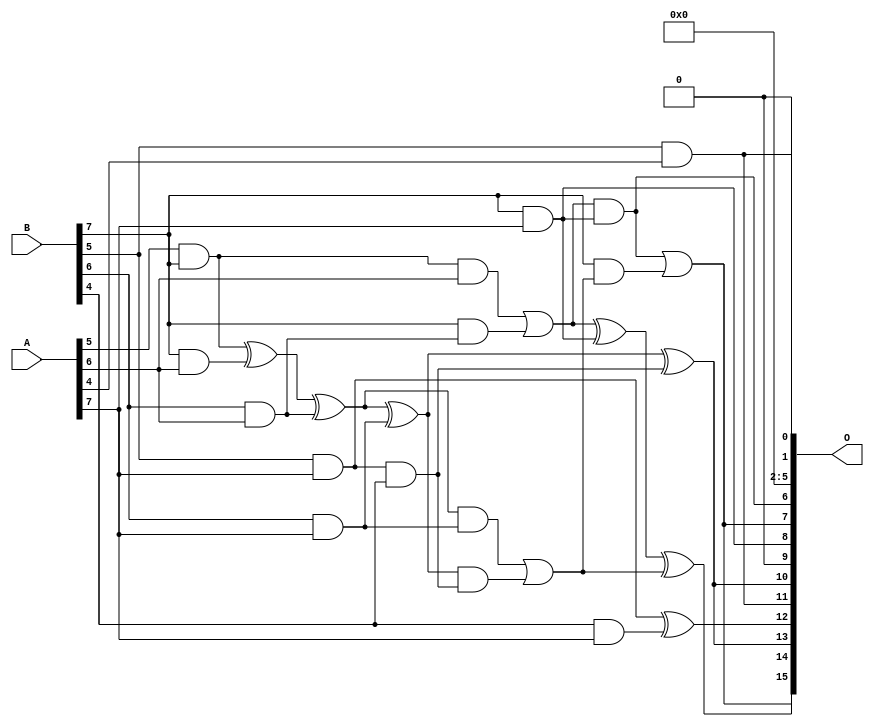
/***
* This code is a part of EvoApproxLib library (ehw.fit.vutbr.cz/approxlib) distributed under The MIT License.
* When used, please cite the following article(s): V. Mrazek, Z. Vasicek, L. Sekanina, H. Jiang and J. Han, "Scalable Construction of Approximate Multipliers With Formally Guaranteed Worst Case Error" in IEEE Transactions on Very Large Scale Integration (VLSI) Systems, vol. 26, no. 11, pp. 2572-2576, Nov. 2018. doi: 10.1109/TVLSI.2018.2856362 
* This file contains a circuit from a sub-set of pareto optimal circuits with respect to the pwr and mae parameters
***/
// MAE% = 0.000075 %
// MAE = 3230 
// WCE% = 0.00042 %
// WCE = 18075 
// WCRE% = 300.39 %
// EP% = 99.84 %
// MRE% = 0.0067 %
// MSE = 16238.254e3 
// PDK45_PWR = 1.648 mW
// PDK45_AREA = 2404.2 um2
// PDK45_DELAY = 2.44 ns

module mult8_cgp14zr_wc7391_rcam (
    A,
    B,
    O
);

input [7:0] A;
input [7:0] B;
output [15:0] O;

wire sig_242,sig_246,sig_251,sig_252,sig_253,sig_286,sig_288,sig_289,sig_290,sig_295,sig_296,sig_297,sig_298,sig_323,sig_324,sig_326,sig_327,sig_328,sig_329,sig_330;
wire sig_331,sig_332,sig_333,sig_334,sig_335;

assign sig_242 = A[5] & B[7];
assign sig_246 = sig_242 & A[6];
assign sig_251 = B[5] & A[4];
assign sig_252 = B[6] & A[6];
assign sig_253 = B[7] & A[6];
assign sig_286 = sig_242 ^ sig_253;
assign sig_288 = B[7] & sig_252;
assign sig_289 = sig_286 ^ sig_252;
assign sig_290 = sig_246 | sig_288;
assign sig_295 = B[4] & A[7];
assign sig_296 = B[5] & A[7];
assign sig_297 = B[6] & A[7];
assign sig_298 = B[7] & A[7];
assign sig_323 = sig_296 & B[4];
assign sig_324 = sig_296 ^ sig_295;
assign sig_326 = sig_289 ^ sig_297;
assign sig_327 = sig_289 & sig_297;
assign sig_328 = sig_326 & sig_323;
assign sig_329 = sig_326 ^ sig_323;
assign sig_330 = sig_327 | sig_328;
assign sig_331 = sig_290 ^ sig_298;
assign sig_332 = sig_290 & sig_298;
assign sig_333 = B[7] & sig_330;
assign sig_334 = sig_331 ^ sig_330;
assign sig_335 = sig_332 | sig_333;

assign O[15] = sig_335;
assign O[14] = sig_334;
assign O[13] = sig_329;
assign O[12] = sig_324;
assign O[11] = sig_251;
assign O[10] = sig_329;
assign O[9] = 1'b0;
assign O[8] = sig_298;
assign O[7] = sig_335;
assign O[6] = sig_332;
assign O[5] = 1'b0;
assign O[4] = 1'b0;
assign O[3] = 1'b0;
assign O[2] = 1'b0;
assign O[1] = sig_251;
assign O[0] = 1'b0;

endmodule

module mult8_cgp14ep_ep64716_wc26_csamrca (
    A,
    B,
    O
);

input [7:0] A;
input [7:0] B;
output [15:0] O;

wire sig_20,sig_21,sig_22,sig_23,sig_27,sig_28,sig_29,sig_30,sig_31,sig_38,sig_39,sig_40,sig_41,sig_42,sig_43,sig_44,sig_45,sig_48,sig_49,sig_50;
wire sig_51,sig_52,sig_53,sig_63,sig_64,sig_65,sig_69,sig_70,sig_71,sig_72,sig_73,sig_74,sig_75,sig_76,sig_77,sig_78,sig_79,sig_80,sig_81,sig_82;
wire sig_83,sig_84,sig_85,sig_87,sig_88,sig_91,sig_92,sig_93,sig_94,sig_95,sig_96,sig_103,sig_105,sig_107,sig_108,sig_109,sig_110,sig_111,sig_112,sig_113;
wire sig_114,sig_115,sig_116,sig_117,sig_118,sig_119,sig_120,sig_121,sig_122,sig_123,sig_124,sig_125,sig_126,sig_127,sig_128,sig_129,sig_130,sig_131,sig_132,sig_133;
wire sig_134,sig_135,sig_136,sig_137,sig_138,sig_139,sig_140,sig_141,sig_145,sig_146,sig_147,sig_148,sig_149,sig_150,sig_151,sig_152,sig_153,sig_154,sig_155,sig_156;
wire sig_157,sig_158,sig_159,sig_160,sig_161,sig_162,sig_163,sig_164,sig_165,sig_166,sig_167,sig_168,sig_169,sig_170,sig_171,sig_172,sig_173,sig_174,sig_175,sig_176;
wire sig_177,sig_178,sig_179,sig_180,sig_181,sig_182,sig_183,sig_184,sig_185,sig_186,sig_187,sig_188,sig_189,sig_190,sig_191,sig_192,sig_193,sig_194,sig_195,sig_196;
wire sig_197,sig_198,sig_199,sig_200,sig_201,sig_202,sig_203,sig_204,sig_205,sig_206,sig_207,sig_208,sig_209,sig_210,sig_211,sig_212,sig_213,sig_214,sig_215,sig_216;
wire sig_217,sig_218,sig_219,sig_220,sig_221,sig_222,sig_223,sig_224,sig_225,sig_226,sig_227,sig_228,sig_229,sig_230,sig_231,sig_232,sig_233,sig_234,sig_235,sig_236;
wire sig_237,sig_238,sig_239,sig_240,sig_241,sig_242,sig_243,sig_244,sig_245,sig_246,sig_247,sig_248,sig_249,sig_250,sig_251,sig_252,sig_253,sig_254,sig_255,sig_256;
wire sig_257,sig_258,sig_259,sig_260,sig_261,sig_262,sig_263,sig_264,sig_265,sig_266,sig_267,sig_268,sig_269,sig_270,sig_271,sig_272,sig_273,sig_274,sig_275,sig_276;
wire sig_277,sig_278,sig_279,sig_280,sig_281,sig_282,sig_283,sig_284,sig_285,sig_286,sig_287,sig_288,sig_289,sig_290,sig_291,sig_292,sig_293,sig_294,sig_295,sig_296;
wire sig_297,sig_298,sig_299,sig_300,sig_301,sig_302,sig_303,sig_304,sig_305,sig_306,sig_307,sig_308,sig_309,sig_310,sig_311,sig_312,sig_313,sig_314,sig_315,sig_316;
wire sig_317,sig_318,sig_319,sig_320,sig_321,sig_322,sig_323,sig_324,sig_325,sig_326,sig_327,sig_328,sig_329,sig_330,sig_331,sig_332,sig_333,sig_334,sig_335;

assign sig_20 = B[4] & A[0];
assign sig_21 = B[5] & A[0];
assign sig_22 = B[6] & A[0];
assign sig_23 = B[7] & A[0];
assign sig_27 = B[3] & A[1];
assign sig_28 = B[4] & A[1];
assign sig_29 = B[5] & A[1];
assign sig_30 = B[6] & A[1];
assign sig_31 = B[7] & A[1];
assign sig_38 = sig_20 | sig_27;
assign sig_39 = sig_20 & sig_27;
assign sig_40 = sig_21 ^ sig_28;
assign sig_41 = sig_21 & sig_28;
assign sig_42 = sig_22 ^ sig_29;
assign sig_43 = sig_22 & sig_29;
assign sig_44 = sig_23 ^ sig_30;
assign sig_45 = sig_23 & sig_30;
assign sig_48 = B[2] & A[2];
assign sig_49 = B[3] & A[2];
assign sig_50 = B[4] & A[2];
assign sig_51 = B[5] & A[2];
assign sig_52 = B[6] & A[2];
assign sig_53 = B[7] & A[2];
assign sig_63 = A[3] & B[1];
assign sig_64 = sig_38 | sig_48;
assign sig_65 = sig_38 & sig_48;
assign sig_69 = sig_40 ^ sig_49;
assign sig_70 = sig_40 & sig_49;
assign sig_71 = sig_69 & sig_39;
assign sig_72 = sig_69 ^ sig_39;
assign sig_73 = sig_70 | sig_71;
assign sig_74 = sig_42 ^ sig_50;
assign sig_75 = sig_42 & sig_50;
assign sig_76 = sig_74 & sig_41;
assign sig_77 = sig_74 ^ sig_41;
assign sig_78 = sig_75 | sig_76;
assign sig_79 = sig_44 ^ sig_51;
assign sig_80 = sig_44 & sig_51;
assign sig_81 = sig_79 & sig_43;
assign sig_82 = sig_79 ^ sig_43;
assign sig_83 = sig_80 | sig_81;
assign sig_84 = sig_31 ^ sig_52;
assign sig_85 = sig_31 & sig_52;
assign sig_87 = sig_84 ^ sig_45;
assign sig_88 = sig_85 | sig_45;
assign sig_91 = B[2] & A[3];
assign sig_92 = B[3] & A[3];
assign sig_93 = B[4] & A[3];
assign sig_94 = B[5] & A[3];
assign sig_95 = B[6] & A[3];
assign sig_96 = B[7] & A[3];
assign sig_103 = sig_64 & sig_63;
assign sig_105 = sig_64 | sig_63;
assign sig_107 = sig_72 ^ sig_91;
assign sig_108 = sig_72 & sig_91;
assign sig_109 = sig_107 & sig_65;
assign sig_110 = sig_107 ^ sig_65;
assign sig_111 = sig_108 | sig_109;
assign sig_112 = sig_77 ^ sig_92;
assign sig_113 = sig_77 & sig_92;
assign sig_114 = sig_112 & sig_73;
assign sig_115 = sig_112 ^ sig_73;
assign sig_116 = sig_113 | sig_114;
assign sig_117 = sig_82 ^ sig_93;
assign sig_118 = sig_82 & sig_93;
assign sig_119 = sig_117 & sig_78;
assign sig_120 = sig_117 ^ sig_78;
assign sig_121 = sig_118 | sig_119;
assign sig_122 = sig_87 ^ sig_94;
assign sig_123 = sig_87 & sig_94;
assign sig_124 = sig_122 & sig_83;
assign sig_125 = sig_122 ^ sig_83;
assign sig_126 = sig_123 | sig_124;
assign sig_127 = sig_53 ^ sig_95;
assign sig_128 = sig_53 & sig_95;
assign sig_129 = sig_127 & sig_88;
assign sig_130 = sig_127 ^ sig_88;
assign sig_131 = sig_128 | sig_129;
assign sig_132 = B[0] & A[4];
assign sig_133 = B[1] & A[4];
assign sig_134 = B[2] & A[4];
assign sig_135 = B[3] & A[4];
assign sig_136 = B[4] & A[4];
assign sig_137 = B[5] & A[4];
assign sig_138 = B[6] & A[4];
assign sig_139 = B[7] & A[4];
assign sig_140 = sig_105 ^ sig_132;
assign sig_141 = sig_105 & sig_132;
assign sig_145 = sig_110 ^ sig_133;
assign sig_146 = sig_110 & sig_133;
assign sig_147 = sig_145 & sig_103;
assign sig_148 = sig_145 ^ sig_103;
assign sig_149 = sig_146 | sig_147;
assign sig_150 = sig_115 ^ sig_134;
assign sig_151 = sig_115 & sig_134;
assign sig_152 = sig_150 & sig_111;
assign sig_153 = sig_150 ^ sig_111;
assign sig_154 = sig_151 | sig_152;
assign sig_155 = sig_120 ^ sig_135;
assign sig_156 = sig_120 & sig_135;
assign sig_157 = sig_155 & sig_116;
assign sig_158 = sig_155 ^ sig_116;
assign sig_159 = sig_156 | sig_157;
assign sig_160 = sig_125 ^ sig_136;
assign sig_161 = sig_125 & sig_136;
assign sig_162 = sig_160 & sig_121;
assign sig_163 = sig_160 ^ sig_121;
assign sig_164 = sig_161 | sig_162;
assign sig_165 = sig_130 ^ sig_137;
assign sig_166 = sig_130 & sig_137;
assign sig_167 = sig_165 & sig_126;
assign sig_168 = sig_165 ^ sig_126;
assign sig_169 = sig_166 | sig_167;
assign sig_170 = sig_96 ^ sig_138;
assign sig_171 = sig_96 & sig_138;
assign sig_172 = sig_170 & sig_131;
assign sig_173 = sig_170 ^ sig_131;
assign sig_174 = sig_171 | sig_172;
assign sig_175 = B[0] & A[5];
assign sig_176 = B[1] & A[5];
assign sig_177 = B[2] & A[5];
assign sig_178 = B[3] & A[5];
assign sig_179 = B[4] & A[5];
assign sig_180 = B[5] & A[5];
assign sig_181 = B[6] & A[5];
assign sig_182 = B[7] & A[5];
assign sig_183 = sig_148 ^ sig_175;
assign sig_184 = sig_148 & sig_175;
assign sig_185 = sig_183 & sig_141;
assign sig_186 = sig_183 ^ sig_141;
assign sig_187 = sig_184 | sig_185;
assign sig_188 = sig_153 ^ sig_176;
assign sig_189 = sig_153 & sig_176;
assign sig_190 = sig_188 & sig_149;
assign sig_191 = sig_188 ^ sig_149;
assign sig_192 = sig_189 | sig_190;
assign sig_193 = sig_158 ^ sig_177;
assign sig_194 = sig_158 & sig_177;
assign sig_195 = sig_193 & sig_154;
assign sig_196 = sig_193 ^ sig_154;
assign sig_197 = sig_194 | sig_195;
assign sig_198 = sig_163 ^ sig_178;
assign sig_199 = sig_163 & sig_178;
assign sig_200 = sig_198 & sig_159;
assign sig_201 = sig_198 ^ sig_159;
assign sig_202 = sig_199 | sig_200;
assign sig_203 = sig_168 ^ sig_179;
assign sig_204 = sig_168 & sig_179;
assign sig_205 = sig_203 & sig_164;
assign sig_206 = sig_203 ^ sig_164;
assign sig_207 = sig_204 | sig_205;
assign sig_208 = sig_173 ^ sig_180;
assign sig_209 = sig_173 & sig_180;
assign sig_210 = sig_208 & sig_169;
assign sig_211 = sig_208 ^ sig_169;
assign sig_212 = sig_209 | sig_210;
assign sig_213 = sig_139 ^ sig_181;
assign sig_214 = sig_139 & sig_181;
assign sig_215 = sig_213 & sig_174;
assign sig_216 = sig_213 ^ sig_174;
assign sig_217 = sig_214 | sig_215;
assign sig_218 = B[0] & A[6];
assign sig_219 = B[1] & A[6];
assign sig_220 = B[2] & A[6];
assign sig_221 = B[3] & A[6];
assign sig_222 = B[4] & A[6];
assign sig_223 = B[5] & A[6];
assign sig_224 = B[6] & A[6];
assign sig_225 = B[7] & A[6];
assign sig_226 = sig_191 ^ sig_218;
assign sig_227 = sig_191 & sig_218;
assign sig_228 = sig_226 & sig_187;
assign sig_229 = sig_226 ^ sig_187;
assign sig_230 = sig_227 | sig_228;
assign sig_231 = sig_196 ^ sig_219;
assign sig_232 = sig_196 & sig_219;
assign sig_233 = sig_231 & sig_192;
assign sig_234 = sig_231 ^ sig_192;
assign sig_235 = sig_232 | sig_233;
assign sig_236 = sig_201 ^ sig_220;
assign sig_237 = sig_201 & sig_220;
assign sig_238 = sig_236 & sig_197;
assign sig_239 = sig_236 ^ sig_197;
assign sig_240 = sig_237 | sig_238;
assign sig_241 = sig_206 ^ sig_221;
assign sig_242 = sig_206 & sig_221;
assign sig_243 = sig_241 & sig_202;
assign sig_244 = sig_241 ^ sig_202;
assign sig_245 = sig_242 | sig_243;
assign sig_246 = sig_211 ^ sig_222;
assign sig_247 = sig_211 & sig_222;
assign sig_248 = sig_246 & sig_207;
assign sig_249 = sig_246 ^ sig_207;
assign sig_250 = sig_247 | sig_248;
assign sig_251 = sig_216 ^ sig_223;
assign sig_252 = sig_216 & sig_223;
assign sig_253 = sig_251 & sig_212;
assign sig_254 = sig_251 ^ sig_212;
assign sig_255 = sig_252 | sig_253;
assign sig_256 = sig_182 ^ sig_224;
assign sig_257 = sig_182 & sig_224;
assign sig_258 = sig_256 & sig_217;
assign sig_259 = sig_256 ^ sig_217;
assign sig_260 = sig_257 | sig_258;
assign sig_261 = B[0] & A[7];
assign sig_262 = B[1] & A[7];
assign sig_263 = B[2] & A[7];
assign sig_264 = B[3] & A[7];
assign sig_265 = B[4] & A[7];
assign sig_266 = B[5] & A[7];
assign sig_267 = B[6] & A[7];
assign sig_268 = B[7] & A[7];
assign sig_269 = sig_234 ^ sig_261;
assign sig_270 = sig_234 & sig_261;
assign sig_271 = sig_269 & sig_230;
assign sig_272 = sig_269 ^ sig_230;
assign sig_273 = sig_270 | sig_271;
assign sig_274 = sig_239 ^ sig_262;
assign sig_275 = sig_239 & sig_262;
assign sig_276 = sig_274 & sig_235;
assign sig_277 = sig_274 ^ sig_235;
assign sig_278 = sig_275 | sig_276;
assign sig_279 = sig_244 ^ sig_263;
assign sig_280 = sig_244 & sig_263;
assign sig_281 = sig_279 & sig_240;
assign sig_282 = sig_279 ^ sig_240;
assign sig_283 = sig_280 | sig_281;
assign sig_284 = sig_249 ^ sig_264;
assign sig_285 = sig_249 & sig_264;
assign sig_286 = sig_284 & sig_245;
assign sig_287 = sig_284 ^ sig_245;
assign sig_288 = sig_285 | sig_286;
assign sig_289 = sig_254 ^ sig_265;
assign sig_290 = sig_254 & sig_265;
assign sig_291 = sig_289 & sig_250;
assign sig_292 = sig_289 ^ sig_250;
assign sig_293 = sig_290 | sig_291;
assign sig_294 = sig_259 ^ sig_266;
assign sig_295 = sig_259 & sig_266;
assign sig_296 = sig_294 & sig_255;
assign sig_297 = sig_294 ^ sig_255;
assign sig_298 = sig_295 | sig_296;
assign sig_299 = sig_225 ^ sig_267;
assign sig_300 = sig_225 & sig_267;
assign sig_301 = sig_299 & sig_260;
assign sig_302 = sig_299 ^ sig_260;
assign sig_303 = sig_300 | sig_301;
assign sig_304 = sig_277 ^ sig_273;
assign sig_305 = sig_277 & sig_273;
assign sig_306 = sig_282 ^ sig_278;
assign sig_307 = sig_282 & sig_278;
assign sig_308 = sig_306 & sig_305;
assign sig_309 = sig_306 ^ sig_305;
assign sig_310 = sig_307 | sig_308;
assign sig_311 = sig_287 ^ sig_283;
assign sig_312 = sig_287 & sig_283;
assign sig_313 = sig_311 & sig_310;
assign sig_314 = sig_311 ^ sig_310;
assign sig_315 = sig_312 | sig_313;
assign sig_316 = sig_292 ^ sig_288;
assign sig_317 = sig_292 & sig_288;
assign sig_318 = sig_316 & sig_315;
assign sig_319 = sig_316 ^ sig_315;
assign sig_320 = sig_317 | sig_318;
assign sig_321 = sig_297 ^ sig_293;
assign sig_322 = sig_297 & sig_293;
assign sig_323 = sig_321 & sig_320;
assign sig_324 = sig_321 ^ sig_320;
assign sig_325 = sig_322 | sig_323;
assign sig_326 = sig_302 ^ sig_298;
assign sig_327 = sig_302 & sig_298;
assign sig_328 = sig_326 & sig_325;
assign sig_329 = sig_326 ^ sig_325;
assign sig_330 = sig_327 | sig_328;
assign sig_331 = sig_268 ^ sig_303;
assign sig_332 = A[7] & sig_303;
assign sig_333 = sig_331 & sig_330;
assign sig_334 = sig_331 ^ sig_330;
assign sig_335 = sig_332 | sig_333;

assign O[15] = sig_335;
assign O[14] = sig_334;
assign O[13] = sig_329;
assign O[12] = sig_324;
assign O[11] = sig_319;
assign O[10] = sig_314;
assign O[9] = sig_309;
assign O[8] = sig_304;
assign O[7] = sig_272;
assign O[6] = sig_229;
assign O[5] = sig_186;
assign O[4] = sig_140;
assign O[3] = sig_105;
assign O[2] = sig_132;
assign O[1] = sig_218;
assign O[0] = 1'b0;

endmodule



module mul8_364(A, B, O);
  input [7:0] A;
  input [7:0] B;
  output [15:0] O;
  wire [2031:0] N;

  assign N[0] = A[0];
  assign N[1] = A[0];
  assign N[2] = A[1];
  assign N[3] = A[1];
  assign N[4] = A[2];
  assign N[5] = A[2];
  assign N[6] = A[3];
  assign N[7] = A[3];
  assign N[8] = A[4];
  assign N[9] = A[4];
  assign N[10] = A[5];
  assign N[11] = A[5];
  assign N[12] = A[6];
  assign N[13] = A[6];
  assign N[14] = A[7];
  assign N[15] = A[7];
  assign N[16] = B[0];
  assign N[17] = B[0];
  assign N[18] = B[1];
  assign N[19] = B[1];
  assign N[20] = B[2];
  assign N[21] = B[2];
  assign N[22] = B[3];
  assign N[23] = B[3];
  assign N[24] = B[4];
  assign N[25] = B[4];
  assign N[26] = B[5];
  assign N[27] = B[5];
  assign N[28] = B[6];
  assign N[29] = B[6];
  assign N[30] = B[7];
  assign N[31] = B[7];

  PDKGENAND2X1 n32(.A(N[0]), .B(N[16]), .Y(N[32]));
  PDKGENAND2X1 n48(.A(N[2]), .B(N[16]), .Y(N[48]));
  PDKGENAND2X1 n64(.A(N[4]), .B(N[16]), .Y(N[64]));
  PDKGENAND2X1 n82(.A(N[6]), .B(N[16]), .Y(N[82]));
  PDKGENAND2X1 n98(.A(N[8]), .B(N[16]), .Y(N[98]));
  PDKGENAND2X1 n114(.A(N[10]), .B(N[16]), .Y(N[114]));
  PDKGENAND2X1 n132(.A(N[12]), .B(N[16]), .Y(N[132]));
  PDKGENAND2X1 n148(.A(N[14]), .B(N[16]), .Y(N[148]));
  assign N[149] = N[148];
  PDKGENAND2X1 n164(.A(N[0]), .B(N[18]), .Y(N[164]));
  PDKGENBUFX2 n166(.A(N[149]), .Y(N[166]));
  assign N[167] = N[166];
  PDKGENAND2X1 n182(.A(N[2]), .B(N[18]), .Y(N[182]));
  PDKGENAND2X1 n198(.A(N[4]), .B(N[18]), .Y(N[198]));
  PDKGENAND2X1 n214(.A(N[6]), .B(N[18]), .Y(N[214]));
  PDKGENAND2X1 n232(.A(N[8]), .B(N[18]), .Y(N[232]));
  PDKGENAND2X1 n248(.A(N[10]), .B(N[18]), .Y(N[248]));
  PDKGENAND2X1 n264(.A(N[12]), .B(N[18]), .Y(N[264]));
  PDKGENAND2X1 n282(.A(N[14]), .B(N[18]), .Y(N[282]));
  PDKGENHAX1 n298(.A(N[48]), .B(N[164]), .YS(N[298]), .YC(N[299]));
  PDKGENHAX1 n314(.A(N[64]), .B(N[182]), .YS(N[314]), .YC(N[315]));
  PDKGENHAX1 n332(.A(N[82]), .B(N[198]), .YS(N[332]), .YC(N[333]));
  PDKGENHAX1 n348(.A(N[98]), .B(N[214]), .YS(N[348]), .YC(N[349]));
  PDKGENHAX1 n364(.A(N[114]), .B(N[232]), .YS(N[364]), .YC(N[365]));
  PDKGENHAX1 n382(.A(N[132]), .B(N[248]), .YS(N[382]), .YC(N[383]));
  PDKGENHAX1 n398(.A(N[167]), .B(N[264]), .YS(N[398]), .YC(N[399]));
  PDKGENAND2X1 n414(.A(N[0]), .B(N[20]), .Y(N[414]));
  PDKGENAND2X1 n432(.A(N[2]), .B(N[20]), .Y(N[432]));
  PDKGENAND2X1 n448(.A(N[4]), .B(N[20]), .Y(N[448]));
  PDKGENAND2X1 n464(.A(N[6]), .B(N[20]), .Y(N[464]));
  PDKGENAND2X1 n482(.A(N[8]), .B(N[20]), .Y(N[482]));
  PDKGENAND2X1 n498(.A(N[10]), .B(N[20]), .Y(N[498]));
  PDKGENAND2X1 n514(.A(N[12]), .B(N[20]), .Y(N[514]));
  PDKGENAND2X1 n532(.A(N[14]), .B(N[20]), .Y(N[532]));
  PDKGENFAX1 n548(.A(N[314]), .B(N[414]), .C(N[299]), .YS(N[548]), .YC(N[549]));
  PDKGENFAX1 n564(.A(N[332]), .B(N[432]), .C(N[315]), .YS(N[564]), .YC(N[565]));
  PDKGENFAX1 n582(.A(N[348]), .B(N[448]), .C(N[333]), .YS(N[582]), .YC(N[583]));
  PDKGENFAX1 n598(.A(N[364]), .B(N[464]), .C(N[349]), .YS(N[598]), .YC(N[599]));
  PDKGENFAX1 n614(.A(N[382]), .B(N[482]), .C(N[365]), .YS(N[614]), .YC(N[615]));
  PDKGENFAX1 n632(.A(N[398]), .B(N[498]), .C(N[383]), .YS(N[632]), .YC(N[633]));
  PDKGENFAX1 n648(.A(N[282]), .B(N[514]), .C(N[399]), .YS(N[648]), .YC(N[649]));
  PDKGENAND2X1 n664(.A(N[0]), .B(N[22]), .Y(N[664]));
  PDKGENAND2X1 n682(.A(N[2]), .B(N[22]), .Y(N[682]));
  PDKGENAND2X1 n698(.A(N[4]), .B(N[22]), .Y(N[698]));
  PDKGENAND2X1 n714(.A(N[6]), .B(N[22]), .Y(N[714]));
  PDKGENAND2X1 n732(.A(N[8]), .B(N[22]), .Y(N[732]));
  PDKGENAND2X1 n748(.A(N[10]), .B(N[22]), .Y(N[748]));
  PDKGENAND2X1 n764(.A(N[12]), .B(N[22]), .Y(N[764]));
  PDKGENAND2X1 n782(.A(N[14]), .B(N[22]), .Y(N[782]));
  PDKGENFAX1 n798(.A(N[564]), .B(N[664]), .C(N[549]), .YS(N[798]), .YC(N[799]));
  PDKGENFAX1 n814(.A(N[582]), .B(N[682]), .C(N[565]), .YS(N[814]), .YC(N[815]));
  PDKGENFAX1 n832(.A(N[598]), .B(N[698]), .C(N[583]), .YS(N[832]), .YC(N[833]));
  PDKGENFAX1 n848(.A(N[614]), .B(N[714]), .C(N[599]), .YS(N[848]), .YC(N[849]));
  PDKGENFAX1 n864(.A(N[632]), .B(N[732]), .C(N[615]), .YS(N[864]), .YC(N[865]));
  PDKGENFAX1 n882(.A(N[648]), .B(N[748]), .C(N[633]), .YS(N[882]), .YC(N[883]));
  PDKGENFAX1 n898(.A(N[532]), .B(N[764]), .C(N[649]), .YS(N[898]), .YC(N[899]));
  PDKGENAND2X1 n914(.A(N[0]), .B(N[24]), .Y(N[914]));
  PDKGENAND2X1 n932(.A(N[2]), .B(N[24]), .Y(N[932]));
  PDKGENAND2X1 n948(.A(N[4]), .B(N[24]), .Y(N[948]));
  PDKGENAND2X1 n964(.A(N[6]), .B(N[24]), .Y(N[964]));
  PDKGENAND2X1 n982(.A(N[8]), .B(N[24]), .Y(N[982]));
  PDKGENAND2X1 n998(.A(N[10]), .B(N[24]), .Y(N[998]));
  PDKGENAND2X1 n1014(.A(N[12]), .B(N[24]), .Y(N[1014]));
  PDKGENAND2X1 n1032(.A(N[14]), .B(N[24]), .Y(N[1032]));
  PDKGENFAX1 n1048(.A(N[814]), .B(N[914]), .C(N[799]), .YS(N[1048]), .YC(N[1049]));
  PDKGENFAX1 n1064(.A(N[832]), .B(N[932]), .C(N[815]), .YS(N[1064]), .YC(N[1065]));
  PDKGENFAX1 n1082(.A(N[848]), .B(N[948]), .C(N[833]), .YS(N[1082]), .YC(N[1083]));
  PDKGENFAX1 n1098(.A(N[864]), .B(N[964]), .C(N[849]), .YS(N[1098]), .YC(N[1099]));
  PDKGENFAX1 n1114(.A(N[882]), .B(N[982]), .C(N[865]), .YS(N[1114]), .YC(N[1115]));
  PDKGENFAX1 n1132(.A(N[898]), .B(N[998]), .C(N[883]), .YS(N[1132]), .YC(N[1133]));
  PDKGENFAX1 n1148(.A(N[782]), .B(N[1014]), .C(N[899]), .YS(N[1148]), .YC(N[1149]));
  PDKGENAND2X1 n1164(.A(N[0]), .B(N[26]), .Y(N[1164]));
  PDKGENAND2X1 n1182(.A(N[2]), .B(N[26]), .Y(N[1182]));
  PDKGENAND2X1 n1198(.A(N[4]), .B(N[26]), .Y(N[1198]));
  PDKGENAND2X1 n1214(.A(N[6]), .B(N[26]), .Y(N[1214]));
  PDKGENAND2X1 n1232(.A(N[8]), .B(N[26]), .Y(N[1232]));
  PDKGENAND2X1 n1248(.A(N[10]), .B(N[26]), .Y(N[1248]));
  PDKGENAND2X1 n1264(.A(N[12]), .B(N[26]), .Y(N[1264]));
  PDKGENAND2X1 n1282(.A(N[14]), .B(N[26]), .Y(N[1282]));
  PDKGENFAX1 n1298(.A(N[1064]), .B(N[1164]), .C(N[1049]), .YS(N[1298]), .YC(N[1299]));
  PDKGENFAX1 n1314(.A(N[1082]), .B(N[1182]), .C(N[1065]), .YS(N[1314]), .YC(N[1315]));
  PDKGENFAX1 n1332(.A(N[1098]), .B(N[1198]), .C(N[1083]), .YS(N[1332]), .YC(N[1333]));
  PDKGENFAX1 n1348(.A(N[1114]), .B(N[1214]), .C(N[1099]), .YS(N[1348]), .YC(N[1349]));
  PDKGENFAX1 n1364(.A(N[1132]), .B(N[1232]), .C(N[1115]), .YS(N[1364]), .YC(N[1365]));
  PDKGENFAX1 n1382(.A(N[1148]), .B(N[1248]), .C(N[1133]), .YS(N[1382]), .YC(N[1383]));
  PDKGENFAX1 n1398(.A(N[1032]), .B(N[1264]), .C(N[1149]), .YS(N[1398]), .YC(N[1399]));
  PDKGENAND2X1 n1414(.A(N[0]), .B(N[28]), .Y(N[1414]));
  PDKGENAND2X1 n1432(.A(N[2]), .B(N[28]), .Y(N[1432]));
  PDKGENAND2X1 n1448(.A(N[4]), .B(N[28]), .Y(N[1448]));
  PDKGENAND2X1 n1464(.A(N[6]), .B(N[28]), .Y(N[1464]));
  PDKGENAND2X1 n1482(.A(N[8]), .B(N[28]), .Y(N[1482]));
  PDKGENAND2X1 n1498(.A(N[10]), .B(N[28]), .Y(N[1498]));
  PDKGENAND2X1 n1514(.A(N[12]), .B(N[28]), .Y(N[1514]));
  PDKGENAND2X1 n1532(.A(N[14]), .B(N[28]), .Y(N[1532]));
  PDKGENFAX1 n1548(.A(N[1314]), .B(N[1414]), .C(N[1299]), .YS(N[1548]), .YC(N[1549]));
  PDKGENFAX1 n1564(.A(N[1332]), .B(N[1432]), .C(N[1315]), .YS(N[1564]), .YC(N[1565]));
  PDKGENFAX1 n1582(.A(N[1348]), .B(N[1448]), .C(N[1333]), .YS(N[1582]), .YC(N[1583]));
  PDKGENFAX1 n1598(.A(N[1364]), .B(N[1464]), .C(N[1349]), .YS(N[1598]), .YC(N[1599]));
  PDKGENFAX1 n1614(.A(N[1382]), .B(N[1482]), .C(N[1365]), .YS(N[1614]), .YC(N[1615]));
  PDKGENFAX1 n1632(.A(N[1398]), .B(N[1498]), .C(N[1383]), .YS(N[1632]), .YC(N[1633]));
  PDKGENFAX1 n1648(.A(N[1282]), .B(N[1514]), .C(N[1399]), .YS(N[1648]), .YC(N[1649]));
  PDKGENAND2X1 n1664(.A(N[0]), .B(N[30]), .Y(N[1664]));
  PDKGENAND2X1 n1682(.A(N[2]), .B(N[30]), .Y(N[1682]));
  PDKGENAND2X1 n1698(.A(N[4]), .B(N[30]), .Y(N[1698]));
  PDKGENAND2X1 n1714(.A(N[6]), .B(N[30]), .Y(N[1714]));
  PDKGENAND2X1 n1732(.A(N[8]), .B(N[30]), .Y(N[1732]));
  PDKGENAND2X1 n1748(.A(N[10]), .B(N[30]), .Y(N[1748]));
  PDKGENAND2X1 n1764(.A(N[12]), .B(N[30]), .Y(N[1764]));
  PDKGENAND2X1 n1782(.A(N[14]), .B(N[30]), .Y(N[1782]));
  PDKGENFAX1 n1798(.A(N[1564]), .B(N[1664]), .C(N[1549]), .YS(N[1798]), .YC(N[1799]));
  PDKGENFAX1 n1814(.A(N[1582]), .B(N[1682]), .C(N[1565]), .YS(N[1814]), .YC(N[1815]));
  PDKGENFAX1 n1832(.A(N[1598]), .B(N[1698]), .C(N[1583]), .YS(N[1832]), .YC(N[1833]));
  PDKGENFAX1 n1848(.A(N[1614]), .B(N[1714]), .C(N[1599]), .YS(N[1848]), .YC(N[1849]));
  PDKGENFAX1 n1864(.A(N[1632]), .B(N[1732]), .C(N[1615]), .YS(N[1864]), .YC(N[1865]));
  PDKGENFAX1 n1882(.A(N[1648]), .B(N[1748]), .C(N[1633]), .YS(N[1882]), .YC(N[1883]));
  PDKGENFAX1 n1898(.A(N[1532]), .B(N[1764]), .C(N[1649]), .YS(N[1898]), .YC(N[1899]));
  PDKGENHAX1 n1914(.A(N[1814]), .B(N[1799]), .YS(N[1914]), .YC(N[1915]));
  PDKGENFAX1 n1932(.A(N[1832]), .B(N[1815]), .C(N[1915]), .YS(N[1932]), .YC(N[1933]));
  PDKGENFAX1 n1948(.A(N[1848]), .B(N[1833]), .C(N[1933]), .YS(N[1948]), .YC(N[1949]));
  PDKGENFAX1 n1964(.A(N[1864]), .B(N[1849]), .C(N[1949]), .YS(N[1964]), .YC(N[1965]));
  PDKGENFAX1 n1982(.A(N[1882]), .B(N[1865]), .C(N[1965]), .YS(N[1982]), .YC(N[1983]));
  PDKGENFAX1 n1998(.A(N[1898]), .B(N[1883]), .C(N[1983]), .YS(N[1998]), .YC(N[1999]));
  PDKGENFAX1 n2014(.A(N[1782]), .B(N[1899]), .C(N[1999]), .YS(N[2014]), .YC(N[2015]));

  assign O[0] = N[32];
  assign O[1] = N[298];
  assign O[2] = N[548];
  assign O[3] = N[798];
  assign O[4] = N[1048];
  assign O[5] = N[1298];
  assign O[6] = N[1548];
  assign O[7] = N[1798];
  assign O[8] = N[1914];
  assign O[9] = N[1932];
  assign O[10] = N[1948];
  assign O[11] = N[1964];
  assign O[12] = N[1982];
  assign O[13] = N[1998];
  assign O[14] = N[2014];
  assign O[15] = N[2015];

endmodule

module CLA32bit(a,b,c_in,sum,c_out);

input [31:0]a,b;
input c_in;
output [31:0]sum;
output c_out;

wire [31:0] sum_out,  p,  g;
wire [7:0] PPP, GGG;
wire [8:0] CC;

assign p[31:0] = a[31:0] ^ b[31:0];
assign g[31:0] = a[31:0] & b[31:0];

assign PPP[0]= p [3] & p [2] & p [1] & p [0];
assign PPP[1]= p [7] & p [6] & p [5] & p [4];
assign PPP[2]= p[11] & p[10] & p [9] & p [8];
assign PPP[3]= p[15] & p[14] & p[13] & p[12];
assign PPP[4]= p[19] & p[18] & p[17] & p[16];
assign PPP[5]= p[23] & p[22] & p[21] & p[20];
assign PPP[6]= p[27] & p[26] & p[25] & p[24];
assign PPP[7]= p[31] & p[30] & p[29] & p[28];

assign GGG[0]= g[3]  | (p [3] & g [2])  | (p [3] & p [2] & g [1])  | (p [3] & p [2] & p [1] & g [0]) ;
assign GGG[1]= g[7]  | (p [7] & g [6])  | (p [7] & p [6] & g [5])  | (p [7] & p [6] & p [5] & g [4]);
assign GGG[2]= g[11] | (p[11] & g[10])  | (p[11] & p[10] & g [9])  | (p[11] & p[10] & p [9] & g [8]);
assign GGG[3]= g[15] | (p[15] & g[14])  | (p[15] & p[14] & g[13])  | (p[15] & p[14] & p[13] & g[12]);
assign GGG[4]= g[19] | (p[19] & g[18])  | (p[19] & p[18] & g[17])  | (p[19] & p[18] & p[17] & g[16]);
assign GGG[5]= g[23] | (p[23] & g[22])  | (p[23] & p[22] & g[21])  | (p[23] & p[22] & p[21] & g[20]);
assign GGG[6]= g[27] | (p[27] & g[26])  | (p[27] & p[26] & g[25])  | (p[27] & p[26] & p[25] & g[24]);
assign GGG[7]= g[31] | (p[31] & g[30])  | (p[31] & p[30] & g[29])  | (p[31] & p[30] & p[29] & g[28]);
assign CC[0] = c_in;
assign CC[1] = GGG[0]  |  PPP[0]&  CC[0];
assign CC[2] = GGG[1]  |  PPP[1]&GGG[0]  |  PPP[1]&PPP[0]&  CC[0];
assign CC[3] = GGG[2]  |  PPP[2]&GGG[1]  |  PPP[2]&PPP[1]&GGG[0]  |  PPP[2]&PPP[1]&PPP[0]&  CC[0];
assign CC[4] = GGG[3]  |  PPP[3]&GGG[2]  |  PPP[3]&PPP[2]&GGG[1]  |  PPP[3]&PPP[2]&PPP[1]&GGG[0]  |  PPP[3]&PPP[2]&PPP[1]&PPP[0]&  CC[0];
assign CC[5] = GGG[4]  |  PPP[4]&GGG[3]  |  PPP[4]&PPP[3]&GGG[2]  |  PPP[4]&PPP[3]&PPP[2]&GGG[1]  |  PPP[4]&PPP[3]&PPP[2]&PPP[1]&GGG[0] |  PPP[4]&PPP[3]&PPP[2]&PPP[1]&PPP[0]&  CC[0];
assign CC[6] = GGG[5]  |  PPP[5]&GGG[4]  |  PPP[5]&PPP[4]&GGG[3]  |  PPP[5]&PPP[4]&PPP[3]&GGG[2]  |  PPP[5]&PPP[4]&PPP[3]&PPP[2]&GGG[1] |  PPP[5]&PPP[4]&PPP[3]&PPP[2]&PPP[1]&GGG[0] |  PPP[5]&PPP[4]&PPP[3]&PPP[2]&PPP[1]&PPP[0]& CC[0];
assign CC[7] = GGG[6]  | PPP[6]&GGG[5]  |  PPP[6]&PPP[5]&GGG[4]  |  PPP[6]&PPP[5]&PPP[4]&GGG[3]  |  PPP[6]&PPP[5]&PPP[4]&PPP[3]&GGG[2]  |  PPP[6]&PPP[5]&PPP[4]&PPP[3]&PPP[2]&GGG[1] |  PPP[6]&PPP[5]&PPP[4]&PPP[3]&PPP[2]&PPP[1]&GGG[0] |  PPP[6]&PPP[5]&PPP[4]&PPP[3]&PPP[2]&PPP[1]&PPP[0] & CC[0];
assign CC[8] = GGG[7] | PPP[7]&GGG[6]  | PPP[7]&PPP[6]&GGG[5]  |  PPP[7]&PPP[6]&PPP[5]&GGG[4]  |  PPP[7]&PPP[6]&PPP[5]&PPP[4]&GGG[3]  |  PPP[7]&PPP[6]&PPP[5]&PPP[4]&PPP[3]&GGG[2]  |  PPP[7]&PPP[6]&PPP[5]&PPP[4]&PPP[3]&PPP[2]&GGG[1] |  PPP[7]&PPP[6]&PPP[5]&PPP[4]&PPP[3]&PPP[2]&PPP[1]&GGG[0] |  PPP[7]&PPP[6]&PPP[5]&PPP[4]&PPP[3]&PPP[2]&PPP[1]&PPP[0] & CC[0];
cla_4bit cla4bit1(.aa(a  [3:0]),  .bb(b  [3:0]),  .cin(CC[0]),   .pp(p  [3:0]),  .gg(g  [3:0]),   .summ(sum  [3:0]));
cla_4bit cla4bit2(.aa(a  [7:4]),  .bb(b  [7:4]),  .cin(CC[1]),   .pp(p  [7:4]),  .gg(g  [7:4]),   .summ(sum  [7:4]));
cla_4bit cla4bit3(.aa(a [11:8]),  .bb(b [11:8]),  .cin(CC[2]),   .pp(p [11:8]),  .gg(g [11:8]),   .summ(sum [11:8]));
cla_4bit cla4bit4(.aa(a[15:12]),  .bb(b[15:12]),  .cin(CC[3]),   .pp(p[15:12]),  .gg(g[15:12]),   .summ(sum[15:12]));
cla_4bit cla4bit5(.aa(a[19:16]),  .bb(b[19:16]),  .cin(CC[4]),   .pp(p[19:16]),  .gg(g[19:16]),   .summ(sum[19:16]));
cla_4bit cla4bit6(.aa(a[23:20]),  .bb(b[23:20]),  .cin(CC[5]),   .pp(p[23:20]),  .gg(g[23:20]),   .summ(sum[23:20]));
cla_4bit cla4bit7(.aa(a[27:24]),  .bb(b[27:24]),  .cin(CC[6]),   .pp(p[27:24]),  .gg(g[27:24]),   .summ(sum[27:24]));
cla_4bit cla4bit8(.aa(a[31:28]),  .bb(b[31:28]),  .cin(CC[7]),   .pp(p[31:28]),  .gg(g[31:28]),   .summ(sum[31:28]));

assign c_out=CC[8];

endmodule
module cla_4bit(aa,bb,cin,summ,pp,gg);
input  [3:0] aa,bb,pp,gg;  
input cin;
output [3:0] summ;

wire [3:0] c;

   assign c[0] = cin;
   assign c[1] = gg[0] | (pp[0] & c[0]);
   assign c[2] = gg[1] | (pp[1] & gg[0]) | (pp[1] & pp[0] & c[0]);
   assign c[3] = gg[2] | (pp[2] & gg[1]) | (pp[2] & pp[1] & gg[0])| (pp[2] & pp[1] & pp[0] & c[0]);

   assign summ[3:0] = pp[3:0]  ^  c[3:0];
endmodule

`timescale 1ns/100ps
module mul16u_F6B ( input[15:0] A,
                   input[15:0] B,
                   output [31:0] O
                 );

wire [15:0] ll,lh,hl,hh;
wire [31:0] llhhlh_sum;
wire [31:0] shifted_llhh, shifted_lh, shifted_hl;

localparam MAX1 = 15;
localparam MIN1 = 8;

localparam MAX2 = 7;
localparam MIN2 = 0;

mult8_cgp14zr_wc7391_rcam LxL (.A(A[MAX2:MIN2]), .B(B[MAX2:MIN2]), .O(ll));
mult8_cgp14ep_ep64716_wc26_csamrca HxL (.A(A[MAX1:MIN1]), .B(B[MAX2:MIN2]), .O(hl));
mult8_cgp14ep_ep64716_wc26_csamrca LxH (.A(A[MAX2:MIN2]), .B(B[MAX1:MIN1]), .O(lh));
mul8_364 HxH (.A(A[MAX1:MIN1]), .B(B[MAX1:MIN1]), .O(hh));

assign shifted_llhh = { hh, ll }; 
assign shifted_lh = { {8{1'b0}}, lh, {8{1'b0}}}; 
assign shifted_hl = { {8{1'b0}}, hl, {8{1'b0}}};
CLA32bit LLHHLH (.a(shifted_llhh), .b(shifted_lh), .c_in(1'b0), .sum(llhhlh_sum), .c_out());
CLA32bit SUMO (.a(llhhlh_sum), .b(shifted_hl), .c_in(1'b0), .sum(O), .c_out());

endmodule


/* mod */
module PDKGENFAX1( input A, input B, input C, output YS, output YC );
    assign YS = (A ^ B) ^ C;
    assign YC = (A & B) | (B & C) | (A & C);
endmodule
/* mod */
module PDKGENHAX1( input A, input B, output YS, output YC );
    assign YS = A ^ B;
    assign YC = A & B;
endmodule
/* mod */
module PDKGENAND2X1(input A, input B, output Y );
     assign Y = A & B;
endmodule
/* mod */
module PDKGENBUFX2(input A, output Y );
     assign Y = A;
endmodule